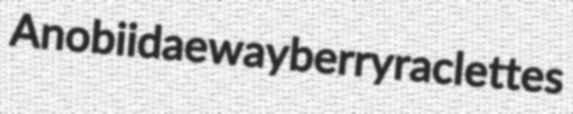
Anobiidae wayberry raclettes